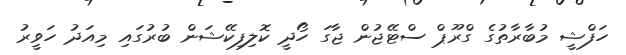
ހަފްޝީ މުބާރާތުގެ ގްރޫޕް ސްޓޭޖުން ޖާގަ ހޯދީ ކޮލިފިކޭޝަން ބުރުގައި މިއަދު ހަވީރު